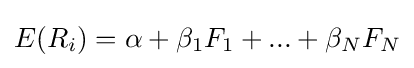
E(R_{i})=\alpha +\beta _{1}F_{1}+...+\beta _{N}F_{N}